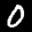
Label: 0